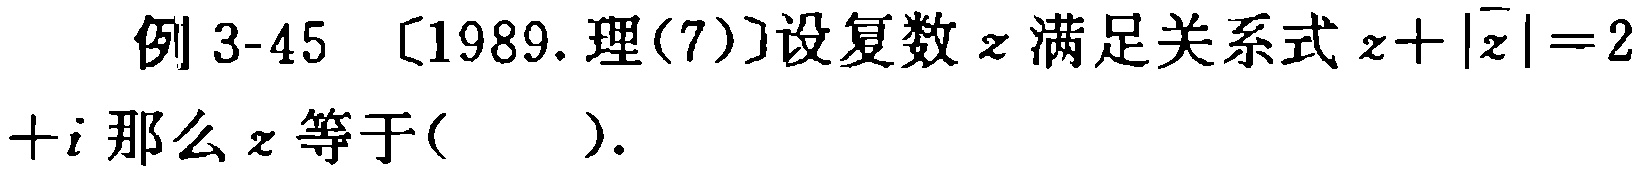
例 3-45 〔1989.理(7)〕设复数\(z\)满足关系式\(z + |\overline{z}| = 2 + i\)那么\(z\)等于( ).